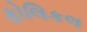
ફોલિકલ